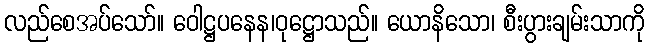
လည်စေအပ်သော်။ ဝေါဋ္ဌပနေန၊ဝုဋ္ဌောသည်။ ယောနိသော၊ စီးပွားချမ်းသာကို